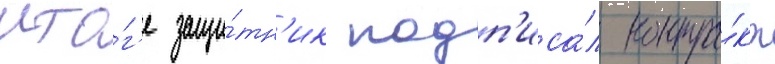
ито́г'е защи́тн'ик подп'иса́л контра́кт